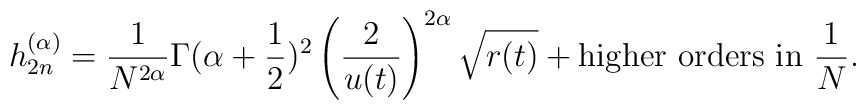
{h}^{(\alpha)}_{2n} = \frac{1}{N^{2\alpha}}{\Gamma(\alpha+\frac12)^2} \left(\frac{2}{u(t)}  \right)^{2\alpha} \sqrt{r(t)}+\mbox{higher orders in }\frac1N.